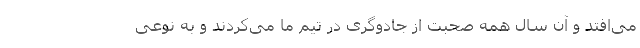
می‌افتد و آن سال همه صحبت از جادوگری در تیم ما می‌کردند و به نوعی